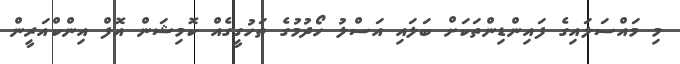
މި މައްސަލައިގެ ފައިންޑިންތަކަށް ބަލައި އަސްލު ހޯދުމުގެ ތަހުގީގެއް ކޮމިޝަން އޮފް އިންކްއަރީން